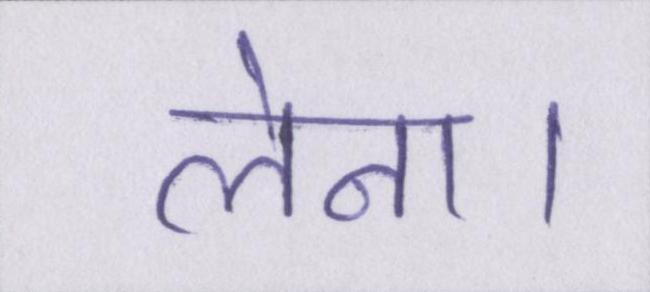
लेना।